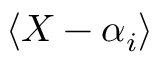
\langle X - \alpha _ { i } \rangle